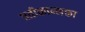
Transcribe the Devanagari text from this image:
प्रतीकान्मक्ता